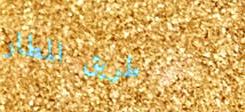
طريق المطار